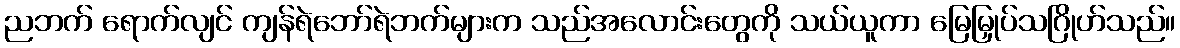
ညဘက် ရောက်လျင် ကျန်ရဲဘော်ရဲဘက်များက သည်အလောင်းတွေကို သယ်ယူကာ မြေမြှုပ်သဂြိုဟ်သည်။